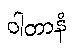
ဝါတာနံ